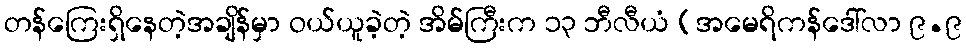
တန်ကြေးရှိနေတဲ့အချိန်မှာ ဝယ်ယူခဲ့တဲ့ အိမ်ကြီးက ၁၃ ဘီလီယံ (အမေရိကန်ဒေါ်လာ ၉.၉